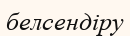
белсендіру